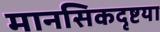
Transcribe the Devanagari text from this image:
मानसिकदृष्टया